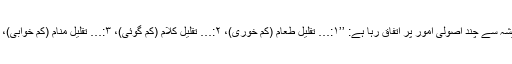
اس مقصد کے حصول کے لیے حکماء وعقلاء میں ہمیشہ سے چند اُصولی اُمور پر اتفاق رہا ہے: ’’۱:… تقلیلِ طعام (کم خوری)، ۲:… تقلیلِ کلام (کم گوئی)، ۳:… تقلیلِ منام (کم خوابی)، ۴:… تقلیلِ اختلاط مع الانام ( لوگوں سے کم ملنا جلنا)۔